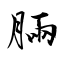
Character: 脼